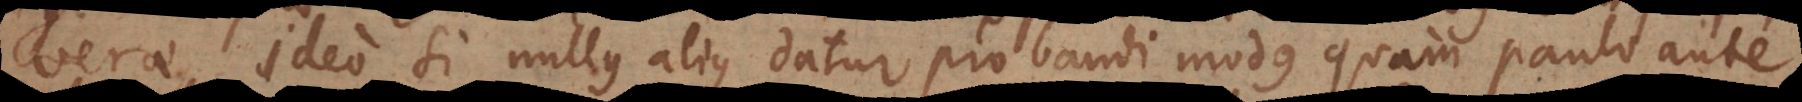
verae, ideo si nullus alius datur probandi modus quam paulo ante